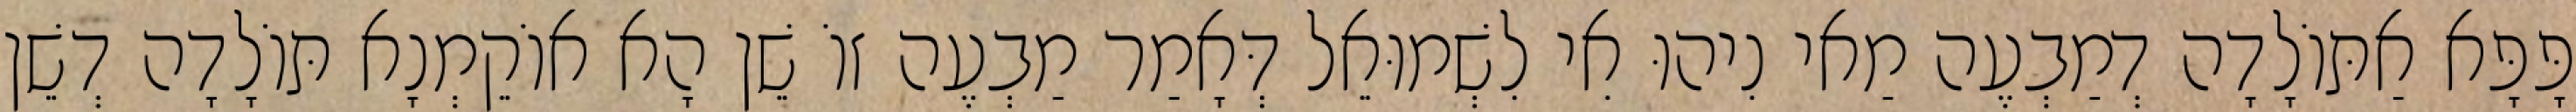
פָּפָּא אַתּוֹלָדָה דְמַבְעֶה מַאי נִיהוּ אִי לִשְׁמוּאֵל דְּאָמַר מַבְעֶה זוֹ שֵׁן הָא אוֹקֵמְנָא תּוֹלָדָה דְשֵׁן